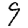
Digit: 9